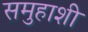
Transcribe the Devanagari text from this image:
समुहाशी